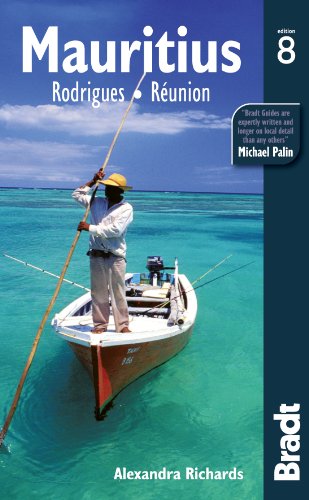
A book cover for Mauritius (Bradt Travel Guide); Alex Richards; Travel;